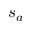
s _ { a }